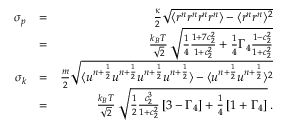
\begin{array} { r l r } { \sigma _ { p } } & { = } & { \frac { \kappa } { 2 } \sqrt { \langle r ^ { n } r ^ { n } r ^ { n } r ^ { n } \rangle - \langle r ^ { n } r ^ { n } \rangle ^ { 2 } } } \\ & { = } & { \frac { k _ { B } T } { \sqrt { 2 } } \, \sqrt { \frac { 1 } { 4 } \frac { 1 + 7 c _ { 2 } ^ { 2 } } { 1 + c _ { 2 } ^ { 2 } } + \frac { 1 } { 4 } \Gamma _ { 4 } \frac { 1 - c _ { 2 } ^ { 2 } } { 1 + c _ { 2 } ^ { 2 } } } } \\ { \sigma _ { k } } & { = } & { \frac { m } { 2 } \sqrt { \langle u ^ { n + \frac { 1 } { 2 } } u ^ { n + \frac { 1 } { 2 } } u ^ { n + \frac { 1 } { 2 } } u ^ { n + \frac { 1 } { 2 } } \rangle - \langle u ^ { n + \frac { 1 } { 2 } } u ^ { n + \frac { 1 } { 2 } } \rangle ^ { 2 } } } \\ & { = } & { \frac { k _ { B } T } { \sqrt { 2 } } \, \sqrt { \frac { 1 } { 2 } \frac { c _ { 2 } ^ { 3 } } { 1 + c _ { 2 } ^ { 2 } } \left[ 3 - \Gamma _ { 4 } \right] + \frac { 1 } { 4 } \left[ 1 + \Gamma _ { 4 } \right] } \, . } \end{array}